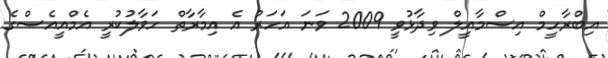
އިބްރާހީމް އިސްމާއީލް ވިދާޅުވީ 2009 ވަނަ އަހަރު އެ އިމާރާތް ހަވާލުކުރީ އެމްއީއެސްގެ